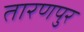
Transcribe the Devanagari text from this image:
तारणपुर